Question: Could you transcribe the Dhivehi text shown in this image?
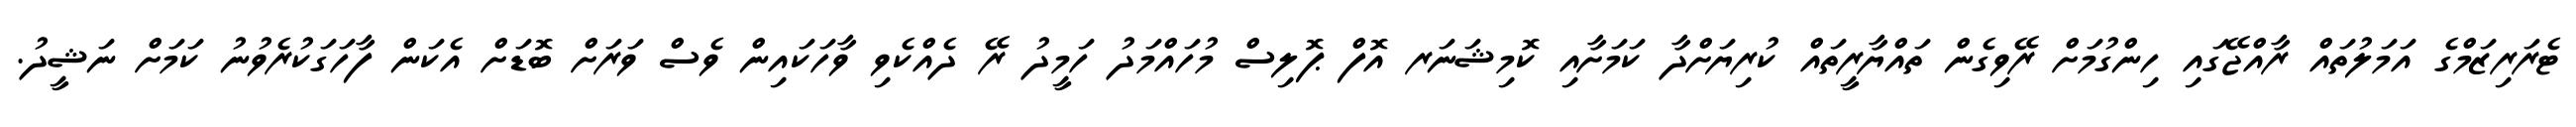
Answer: ޓެރަރިޒަމްގެ އަމަލުތައް ރާއްޖޭގައި ހިންގުމަށް ރޭވިގެން ތައްޔާރީތައް ކުރިޔަށްދާ ކަމަށާއި ކޮމިޝަނަރ އޮފް ޕޮލިސް މުހައްމަދު ހަމީދު ރޭ ދެއްކެވި ވާހަކައިން ވެސް ވަރަށް ބޮޑަށް އެކަން ފާހަގަކުރެވުނު ކަމަށް ނަޝީދު.